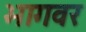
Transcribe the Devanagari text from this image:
भागवर